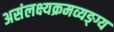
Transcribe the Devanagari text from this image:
असंलक्ष्यक्रमव्यङ्ग्य